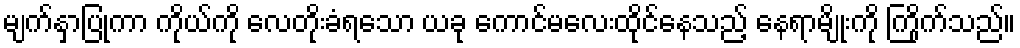
မျက်နှာပြုကာ ကိုယ်ကို လေတိုးခံရသော ယခု ကောင်မလေးထိုင်နေသည့် နေရာမျိုးကို ကြိုက်သည်။